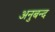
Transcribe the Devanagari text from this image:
अनुबन्द